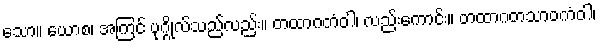
သော။ ယောစ၊ အကြင် ပုဂ္ဂိုလ်သည်လည်း။ တထာဂတံဝါ၊ လည်းကောင်း။ တထာဂတသာဝကံဝါ၊